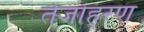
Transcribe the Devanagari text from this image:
तेजोहरण